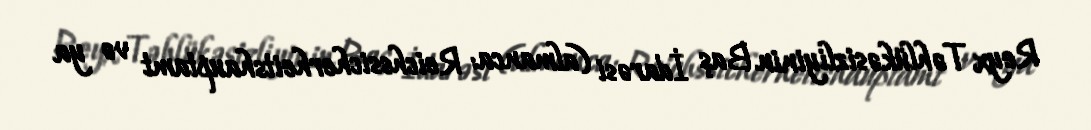
Reyx Təhlükəsizliyinin Baş İdarəsi (almanca: Reichssicherheitshauptamt və ya